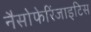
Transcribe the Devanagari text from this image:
नैसोफेरिंजाइटिस